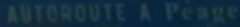
AUTOROUTE-A-Peau